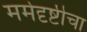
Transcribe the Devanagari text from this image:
मर्मदृष्टीचा